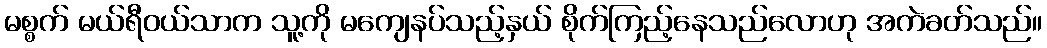
မစ္စက် မယ်ရီဝယ်သာက သူ့ကို မကျေနပ်သည့်နှယ် စိုက်ကြည့်နေသည်လောဟု အကဲခတ်သည်။